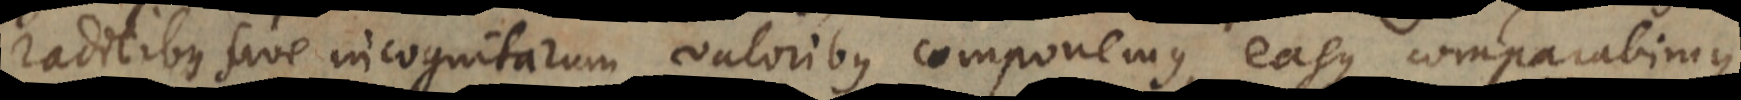
radicibus sive incognitarum valoribus componemus, easque comparabimus